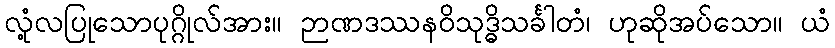
လုံ့လပြုသောပုဂ္ဂိုလ်အား။ ဉာဏဒဿနဝိသုဒ္ဓိသင်္ခါတံ၊ ဟုဆိုအပ်သော။ ယံ